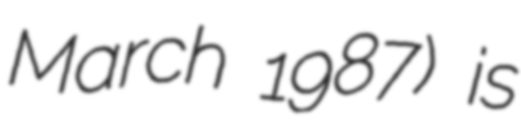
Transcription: March 1987) is